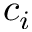
c _ { i }